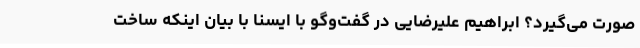
صورت می‌گیرد؟ ابراهیم علیرضایی در گفت‌وگو با ایسنا با بیان اینکه ساخت